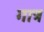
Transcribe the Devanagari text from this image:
गात्र